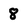
Character: 8